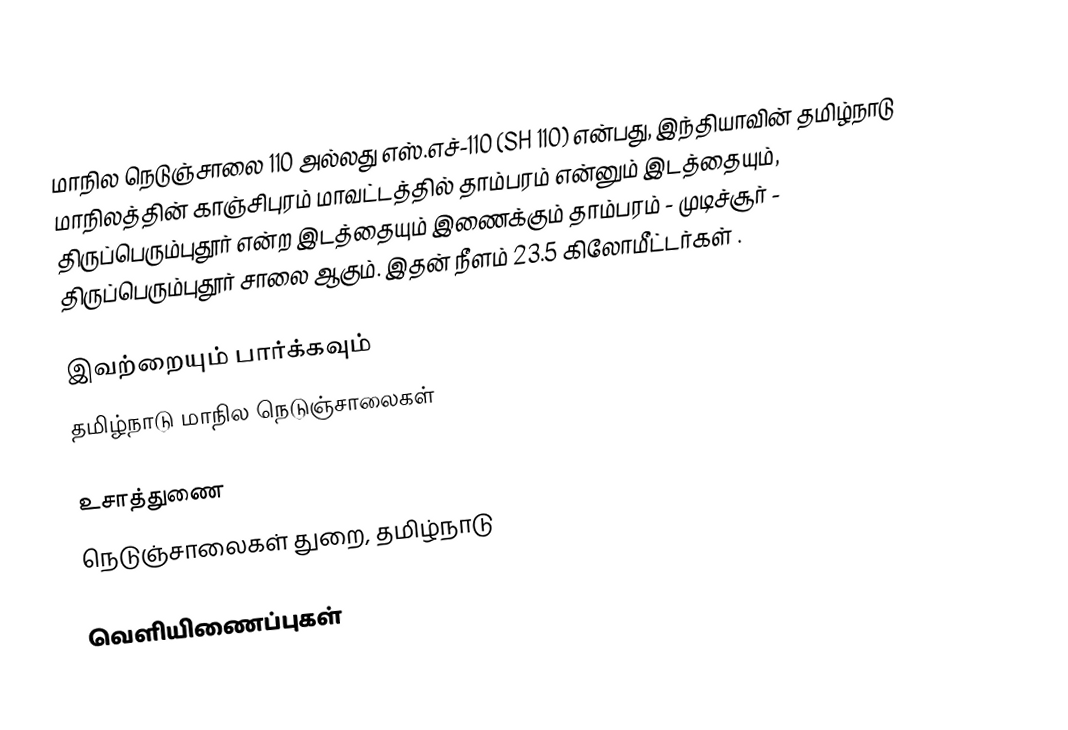
மாநில நெடுஞ்சாலை 110 அல்லது எஸ்.எச்-110 (SH 110) என்பது, இந்தியாவின் தமிழ்நாடு மாநிலத்தின் காஞ்சிபுரம் மாவட்டத்தில் தாம்பரம் என்னும் இடத்தையும், திருப்பெரும்புதூர் என்ற இடத்தையும் இணைக்கும் தாம்பரம் - முடிச்சூர் - திருப்பெரும்புதூர் சாலை ஆகும். இதன் நீளம் 23.5  கிலோமீட்டர்கள் .

இவற்றையும் பார்க்கவும்
 தமிழ்நாடு மாநில நெடுஞ்சாலைகள்

உசாத்துணை
 நெடுஞ்சாலைகள் துறை, தமிழ்நாடு

வெளியிணைப்புகள்